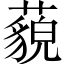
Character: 藐